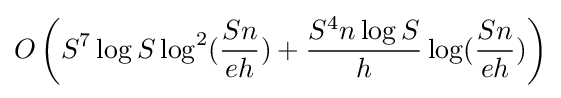
O\left(S^{7}\log {S}\log ^{2}({\frac {Sn}{eh}})+{\frac {S^{4}n\log {S}}{h}}\log({\frac {Sn}{eh}})\right)